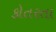
કોતરતા